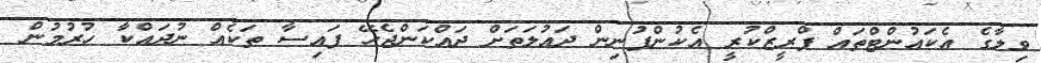
ވިލާގެ އެކައުންޓްތައް ފްރީޒްކުރީ އެކުންފުނިން ދައުލަތަށް ދައްކަންޖެހޭ ފައިސާ ތަކެއް ނުދައްކާ ހުރުމުން